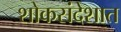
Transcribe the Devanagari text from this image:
शोकसंदेशात